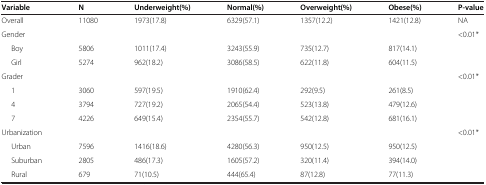
<table><thead><tr><td><b>Variable</b></td><td><b>N</b></td><td><b>Underweight(%)</b></td><td><b>Normal(%)</b></td><td><b>Overweight(%)</b></td><td><b>Obese(%)</b></td><td><b>P-value</b></td></tr></thead><tbody><tr><td>Overall</td><td>11080</td><td>1973(17.8)</td><td>6329(57.1)</td><td>1357(12.2)</td><td>1421(12.8)</td><td>NA</td></tr><tr><td>Gender</td><td> </td><td> </td><td> </td><td> </td><td> </td><td>&lt;0.01*</td></tr><tr><td>Boy</td><td>5806</td><td>1011(17.4)</td><td>3243(55.9)</td><td>735(12.7)</td><td>817(14.1)</td><td> </td></tr><tr><td>Girl</td><td>5274</td><td>962(18.2)</td><td>3086(58.5)</td><td>622(11.8)</td><td>604(11.5)</td><td> </td></tr><tr><td>Grader</td><td> </td><td> </td><td> </td><td> </td><td> </td><td>&lt;0.01*</td></tr><tr><td>1</td><td>3060</td><td>597(19.5)</td><td>1910(62.4)</td><td>292(9.5)</td><td>261(8.5)</td><td> </td></tr><tr><td>4</td><td>3794</td><td>727(19.2)</td><td>2065(54.4)</td><td>523(13.8)</td><td>479(12.6)</td><td> </td></tr><tr><td>7</td><td>4226</td><td>649(15.4)</td><td>2354(55.7)</td><td>542(12.8)</td><td>681(16.1)</td><td> </td></tr><tr><td>Urbanization</td><td> </td><td> </td><td> </td><td> </td><td> </td><td>&lt;0.01*</td></tr><tr><td>Urban</td><td>7596</td><td>1416(18.6)</td><td>4280(56.3)</td><td>950(12.5)</td><td>950(12.5)</td><td> </td></tr><tr><td>Suburban</td><td>2805</td><td>486(17.3)</td><td>1605(57.2)</td><td>320(11.4)</td><td>394(14.0)</td><td> </td></tr><tr><td>Rural</td><td>679</td><td>71(10.5)</td><td>444(65.4)</td><td>87(12.8)</td><td>77(11.3)</td><td> </td></tr></tbody></table>